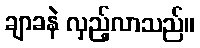
ချာခနဲ လှည့်လာသည်။